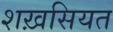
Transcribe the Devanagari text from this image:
शख़सियत